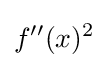
f^{\prime \prime }(x)^{2}